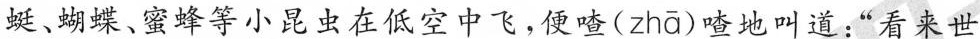
蜓、蝴蝶、蜜蜂等小昆虫在低空中飞，便喳( zhā )喳地叫道：”看来世